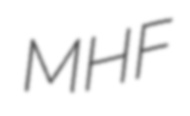
MHF